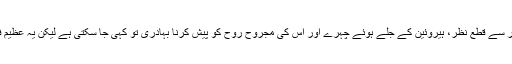
خوبصورتی کے معیار سے قطع نظر، ہیروئین کے جلے ہوئے چہرے اور اس کی مجروح روح کو پیش کرنا بہادری تو کہی جا سکتی ہے لیکن یہ عظیم فلم نہیں کہی جا سکتی۔